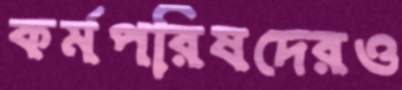
কর্মপরিষদেরও